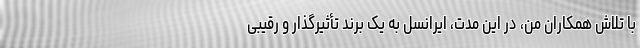
با تلاش همکاران من، در این مدت، ایرانسل به یک برند تأثیرگذار و رقیبی